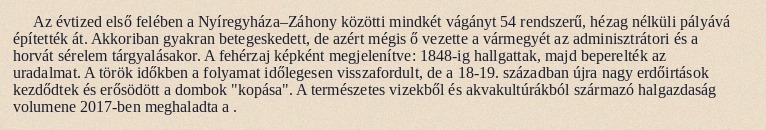
Az évtized első felében a Nyíregyháza–Záhony közötti mindkét vágányt 54 rendszerű, hézag nélküli pályává építették át. Akkoriban gyakran betegeskedett, de azért mégis ő vezette a vármegyét az adminisztrátori és a horvát sérelem tárgyalásakor. A fehérzaj képként megjelenítve: 1848-ig hallgattak, majd beperelték az uradalmat. A török időkben a folyamat időlegesen visszafordult, de a 18-19. században újra nagy erdőirtások kezdődtek és erősödött a dombok "kopása". A természetes vizekből és akvakultúrákból származó halgazdaság volumene 2017-ben meghaladta a .